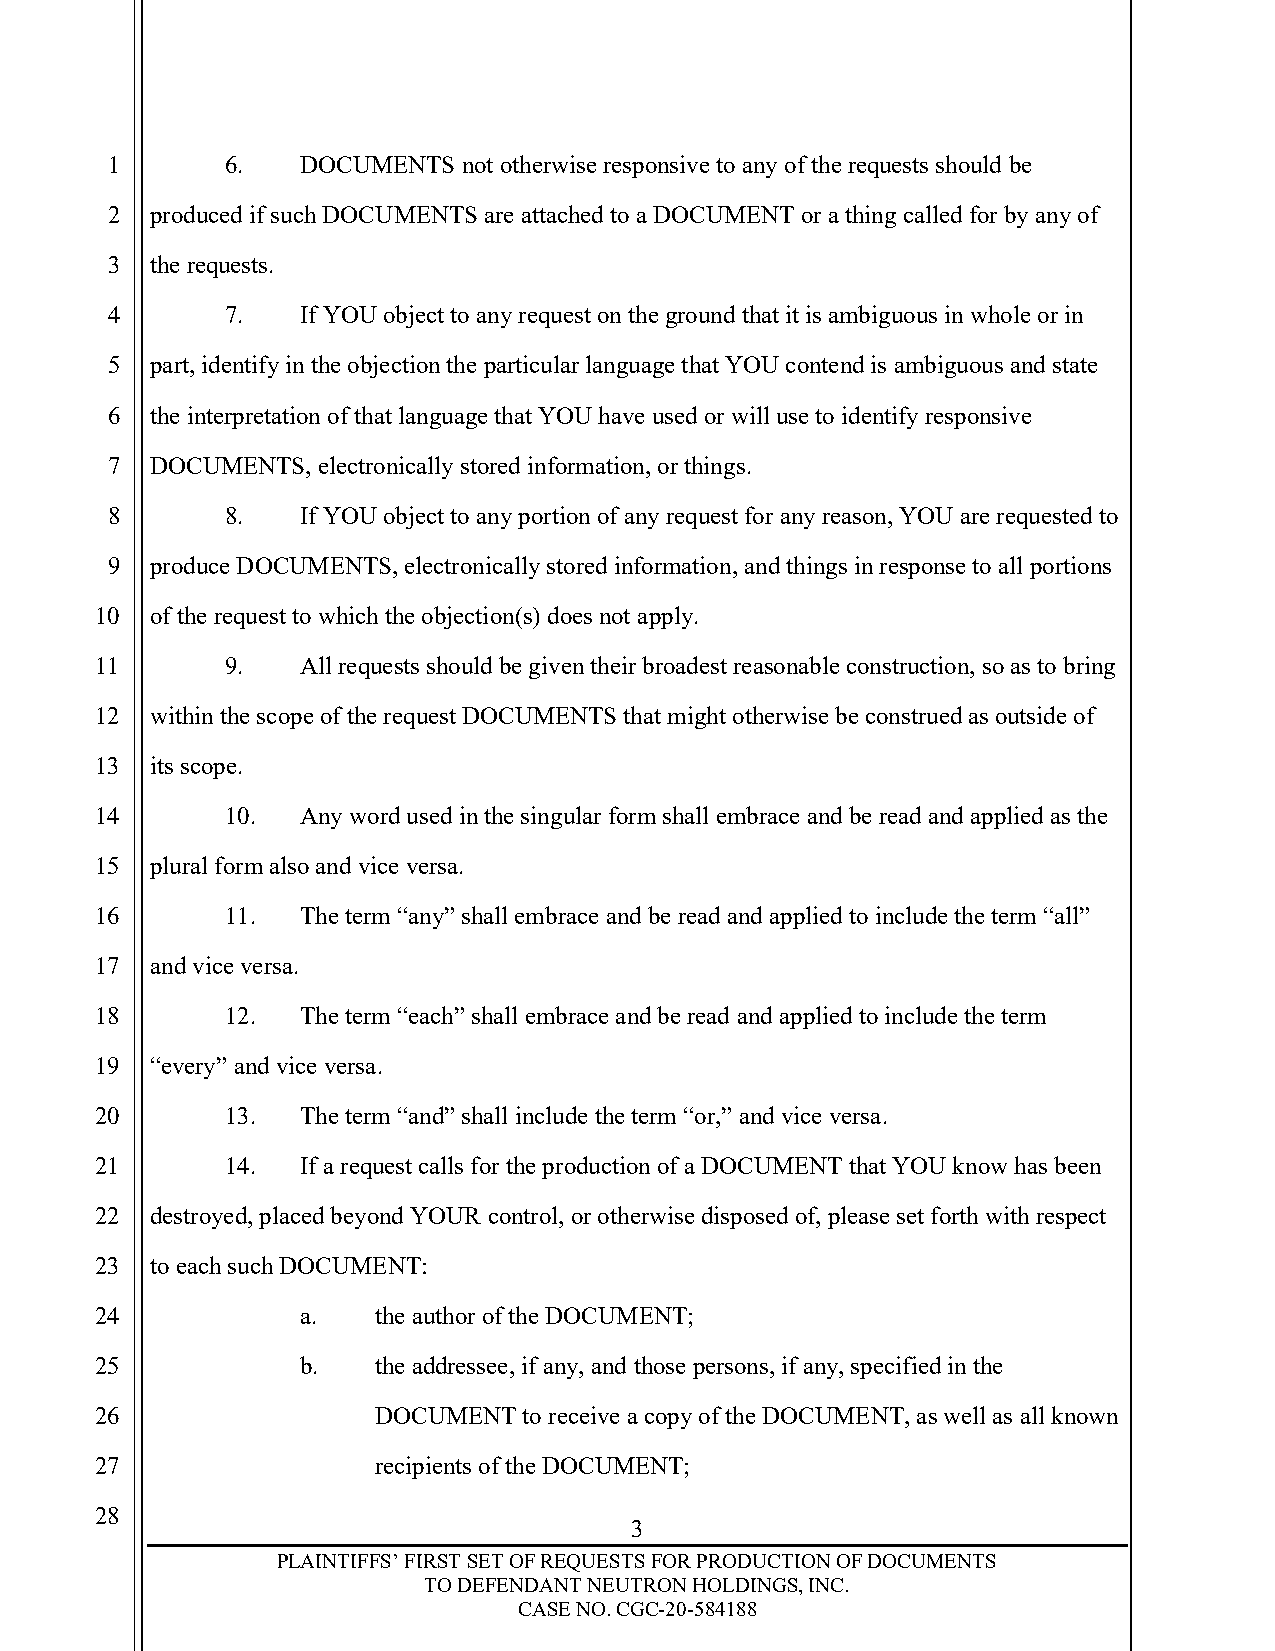
1       6.   DOCUMENTS  not otherwise responsive to any of the requests should be
 2  produced if such DOCUMENTS are attached to a DOCUMENT or a thing called for by any of
 3  the requests.
 4       7.   If YOU object to any request on the ground that it is ambiguous in whole or in
 5  part, identify in the objection the particular language that YOU contend is ambiguous and state
 6  the interpretation of that language that YOU have used or will use to identify responsive
 7  DOCUMENTS, electronically stored information, or things.
 8       8.   If YOU object to any portion of any request for any reason, YOU are requested to
 9  produce DOCUMENTS, electronically stored information, and things in response to all portions
 10  of the request to which the objection(s) does not apply.
 11       9.   All requests should be given their broadest reasonable construction, so as to bring
 12  within the scope of the request DOCUMENTS that might otherwise be construed as outside of
 13  its scope.
 14       10.  Any word used in the singular form shall embrace and be read and applied as the
 15  plural form also and vice versa.
 16       11.  The term “any” shall embrace and be read and applied to include the term “all”
 17  and vice versa.
 18       12.  The term “each” shall embrace and be read and applied to include the term
 19  “every” and vice versa.
 20       13.  The term “and” shall include the term “or,” and vice versa.
 21       14.  If a request calls for the production of a DOCUMENT that YOU know has been
 22  destroyed, placed beyond YOUR control, or otherwise disposed of, please set forth with respect
 23  to each such DOCUMENT:
 24            a.   the author of the DOCUMENT;
 25            b.   the addressee, if any, and those persons, if any, specified in the
 26                 DOCUMENT  to receive a copy of the DOCUMENT, as well as all known
 27                 recipients of the DOCUMENT;
 28
 3
 PLAINTIFFS’ FIRST SET OF REQUESTS FOR PRODUCTION OF DOCUMENTS
 TO DEFENDANT NEUTRON HOLDINGS, INC.
 CASE NO. CGC-20-584188